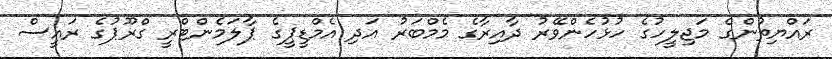
ރައްޔިތުންގެ މަޖިލީހުގެ ހުޅުހެންވޭރު ދާއިރާގެ މެމްބަރު އަދި އެމްޑީޕީގެ ޕާލަމެންޓްރީ ގްރޫޕުގެ ރައީސް